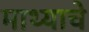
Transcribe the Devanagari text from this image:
माथ्याचे